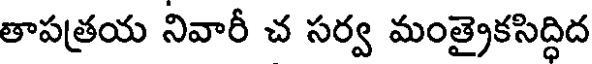
తాపత్రయ నివారీ చ సర్వ మంత్రైకసిద్ధిద